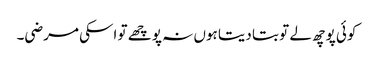
کوئی پوچھ لے تو بتا دیتا ہوں نہ پوچھے تو اسکی مرضی۔